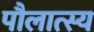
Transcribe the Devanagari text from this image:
पौलात्स्य